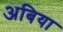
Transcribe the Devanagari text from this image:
अबिया